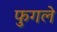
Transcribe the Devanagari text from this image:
फुगले